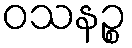
ဝသနဉ္စ